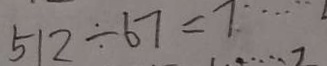
5 1 2 \div 6 7 = 7 \cdots